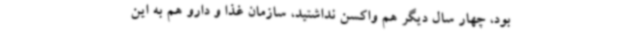
بود، چهار سال دیگر هم واکسن نداشتید، سازمان غذا و دارو هم به این